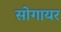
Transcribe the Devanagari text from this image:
सोगायर